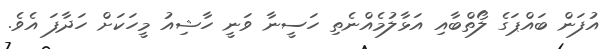
އުފަން ބައްޕަގެ ލޯތްބާއި އަޅާލުމެއްނެތި ހަސީނާ ވަނީ ހާޝިއު މީހަކަށް ހަދާފަ އެވެ.